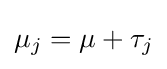
\mu _{j}=\mu +\tau _{j}